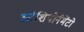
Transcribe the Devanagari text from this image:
स्टैशियोनैमेंटो